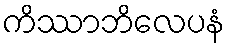
ကိဿာဘိလေပနံ